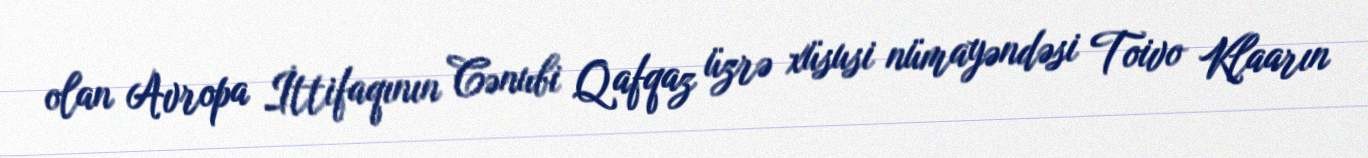
olan Avropa İttifaqının Cənubi Qafqaz üzrə xüsusi nümayəndəsi Toivo Klaarın